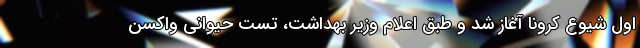
اول شیوع کرونا آغاز شد و طبق اعلام وزیر بهداشت، تست حیوانی واکسن